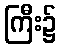
ကြီး၌